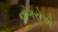
નાગરોએ